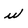
Character: u